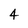
Character: 4